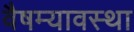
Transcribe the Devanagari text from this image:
वैषम्यावस्था